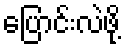
ပြောင်းလဲဖို့